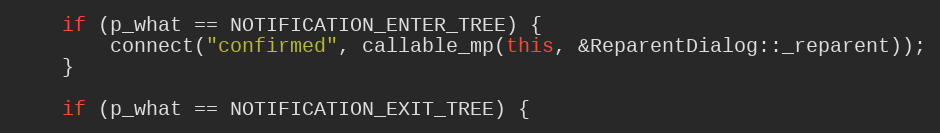
Language: C++
	if (p_what == NOTIFICATION_ENTER_TREE) {
		connect("confirmed", callable_mp(this, &ReparentDialog::_reparent));
	}

	if (p_what == NOTIFICATION_EXIT_TREE) {